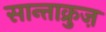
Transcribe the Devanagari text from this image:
सान्ताक्रुज़